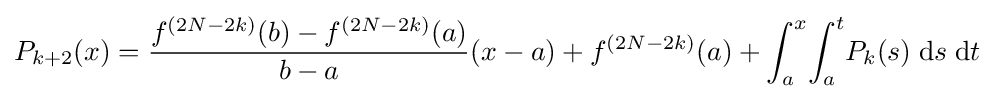
\displaystyle P_{k+2}(x)={\frac {f^{(2N-2k)}(b)-f^{(2N-2k)}(a)}{b-a}}(x-a)+f^{(2N-2k)}(a)+\int _{a}^{x}\!\int _{a}^{t}\!P_{k}(s)\;\mathrm {d} s\;\mathrm {d} t